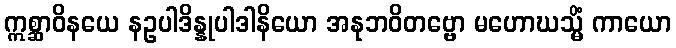
ဣစ္ဆာဝိနယေ နဥပါဒိန္နုပါဒါနိယော အနုဘဝိတဗ္ဗော မဟောဃသ္မိံ ကာယော